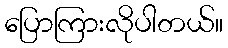
ပြောကြားလိုပါတယ်။